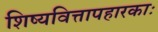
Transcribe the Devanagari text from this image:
शिष्यवित्तापहारकाः